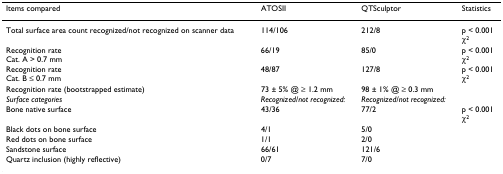
<table><thead><tr><td><b>Items compared</b></td><td><b>ATOSII</b></td><td><b>QTSculptor</b></td><td><b>Statistics</b></td></tr></thead><tbody><tr><td>Total surface area count recognized/not recognized on scanner data</td><td>114/106</td><td>212/8</td><td>p &lt; 0.001χ<sup>2</sup></td></tr><tr><td>Recognition rateCat. A &gt; 0.7 mm</td><td>66/19</td><td>85/0</td><td>p &lt; 0.001χ<sup>2</sup></td></tr><tr><td>Recognition rateCat. B ≤ 0.7 mm</td><td>48/87</td><td>127/8</td><td>p &lt; 0.001χ<sup>2</sup></td></tr><tr><td>Recognition rate (bootstrapped estimate)</td><td>73 ± 5% @ ≥ 1.2 mm</td><td>98 ± 1% @ ≥ 0.3 mm</td><td></td></tr><tr><td><i>Surface categories</i></td><td><i>Recognized/not recognized:</i></td><td><i>Recognized/not recognized:</i></td><td></td></tr><tr><td>Bone native surface</td><td>43/36</td><td>77/2</td><td>p &lt; 0.001χ<sup>2</sup></td></tr><tr><td>Black dots on bone surface</td><td>4/1</td><td>5/0</td><td></td></tr><tr><td>Red dots on bone surface</td><td>1/1</td><td>2/0</td><td></td></tr><tr><td>Sandstone surface</td><td>66/61</td><td>121/6</td><td></td></tr><tr><td>Quartz inclusion (highly reflective)</td><td>0/7</td><td>7/0</td><td></td></tr></tbody></table>